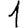
Digit: 1